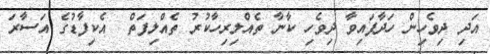
އަދި ދިވެހިން ހަދާފައިވާ ދިވެހި ކާނާ ތެއްލިރިހާކުރު ތެއްލިފަތް  އެކިފާޑުގެ އަސާރަ